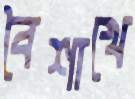
বৈশাখে